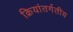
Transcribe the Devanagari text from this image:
क्रियांतर्गतीय